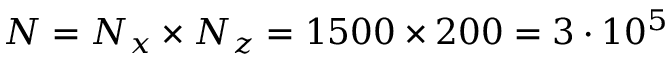
N = N _ { x } \times N _ { z } = 1 5 0 0 \times 2 0 0 = 3 \cdot 1 0 ^ { 5 }